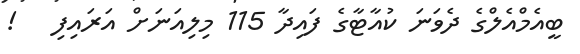
ބީއެމްއެލްގެ ދެވަނަ ކުއާޓާގެ ފައިދާ 115 މިލިއަނަށް އަރައިފި   !